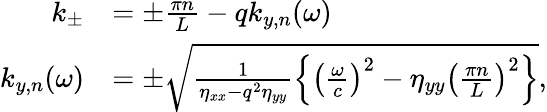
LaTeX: \begin{array}{rl}{k_{\pm}}&{=\pm\frac{\pi n}{L}-qk_{y,n}(\omega)}\\ {k_{y,n}(\omega)}&{=\pm\sqrt{\frac{1}{\eta_{xx}-q^{2}\eta_{yy}}\left\{ \left(\frac{\omega}{c}\right)^{2}-\eta_{yy}\left(\frac{\pi n}{L}\right)^{2}\right\} },}\end{array}